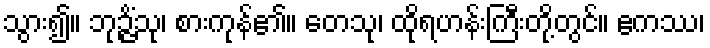
သွား၍။ ဘုဉ္ဇိံသု၊ စားကုန်၏။ တေသု၊ ထိုရဟန်းကြီးတို့တွင်။ ဧကဿ၊